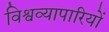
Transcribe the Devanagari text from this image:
विश्वव्यापारियों